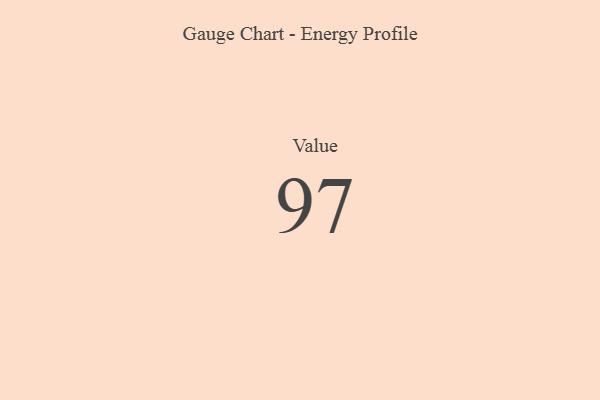
{"axis": {"x": "Metric", "y": "Value"}, "legend": [""], "data": [{"x": "Value", "y": 97, "type": ""}]}